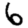
Digit: 6